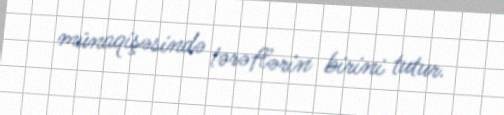
münaqişəsində tərəflərin birini tutur.